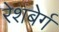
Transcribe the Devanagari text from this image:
रेशबेर्ग